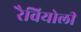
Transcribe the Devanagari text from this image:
रैवियोली